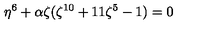
\eta ^ { 6 } + \alpha \zeta ( \zeta ^ { 1 0 } + 1 1 \zeta ^ { 5 } - 1 ) = 0